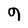
Character: 9